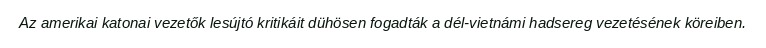
Az amerikai katonai vezetők lesújtó kritikáit dühösen fogadták a dél-vietnámi hadsereg vezetésének köreiben.